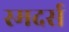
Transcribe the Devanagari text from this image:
स्मदर्स